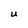
Character: U